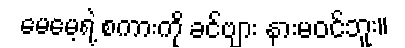
မေမေ့ရဲ့ စကားကို ခင်ဗျား နားမဝင်ဘူး။